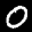
Label: 0